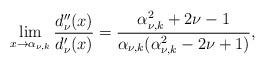
LaTeX: \begin{align*}\lim_{x\rightarrow \alpha_{\nu,k}}\frac{d''_{\nu}(x)}{d'_{\nu}(x)}=\frac{\alpha^2_{\nu,k}+2\nu-1}{\alpha_{\nu,k}(\alpha^2_{\nu,k}-2\nu+1)},\end{align*}